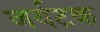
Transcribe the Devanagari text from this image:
जर्यटक